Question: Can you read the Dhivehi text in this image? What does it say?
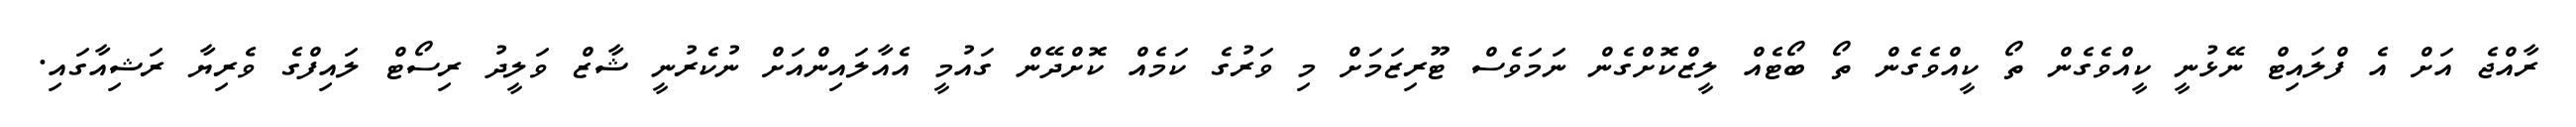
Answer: ރާއްޖެ އަށް އެ ފްލައިޓް ނޭޅުނީ ކީއްވެގެން ތޯ ކީއްވެގެން ތޯ ބޯޓެއް ލީޒްކޮށްގެން ނަމަވެސް ޓޫރިޒަމަށް މި ވަރުގެ ކަމެއް ކޮށްދޭން ގައުމީ އެއާލައިންއަށް ނުކެރުނީ ޝާޒް ވަލީދު ރިސޯޓް ލައިފްގެ ވެރިޔާ ރަޝިއާގައި.